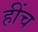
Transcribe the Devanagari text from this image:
हींच